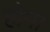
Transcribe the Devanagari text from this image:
होपा